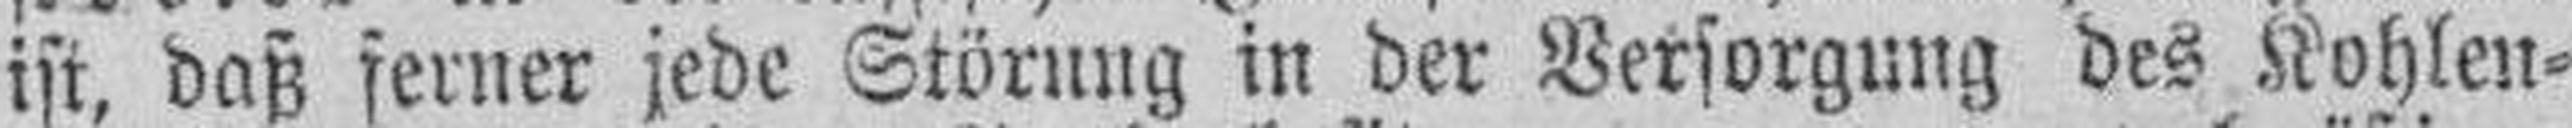
ist, daß ferner jede Störung in der Versorgung des Kohlen¬